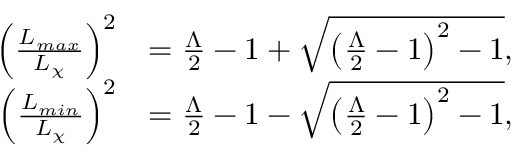
\begin{array} { r l } { \left( \frac { L _ { m a x } } { L _ { \chi } } \right) ^ { 2 } } & { = \frac { \Lambda } { 2 } - 1 + \sqrt { \left( \frac { \Lambda } { 2 } - 1 \right) ^ { 2 } - 1 } , } \\ { \left( \frac { L _ { m i n } } { L _ { \chi } } \right) ^ { 2 } } & { = \frac { \Lambda } { 2 } - 1 - \sqrt { \left( \frac { \Lambda } { 2 } - 1 \right) ^ { 2 } - 1 } , } \end{array}